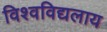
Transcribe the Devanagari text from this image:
विश्वविद्यलाय